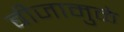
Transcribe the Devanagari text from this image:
बीजामुळे